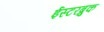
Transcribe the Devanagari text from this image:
ईस्टरब्रुक